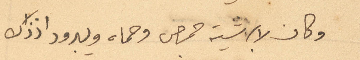
وكان لابرشية حمص وحماه ويبرود اذذاك